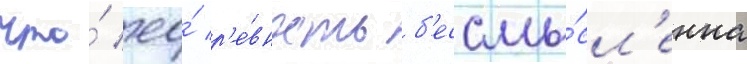
что́ ео́ р'е́вность б'ессмы́сл'енна